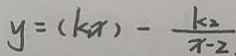
y = ( k x ) - \frac { k _ { 2 } } { x - 2 }